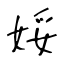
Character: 娞